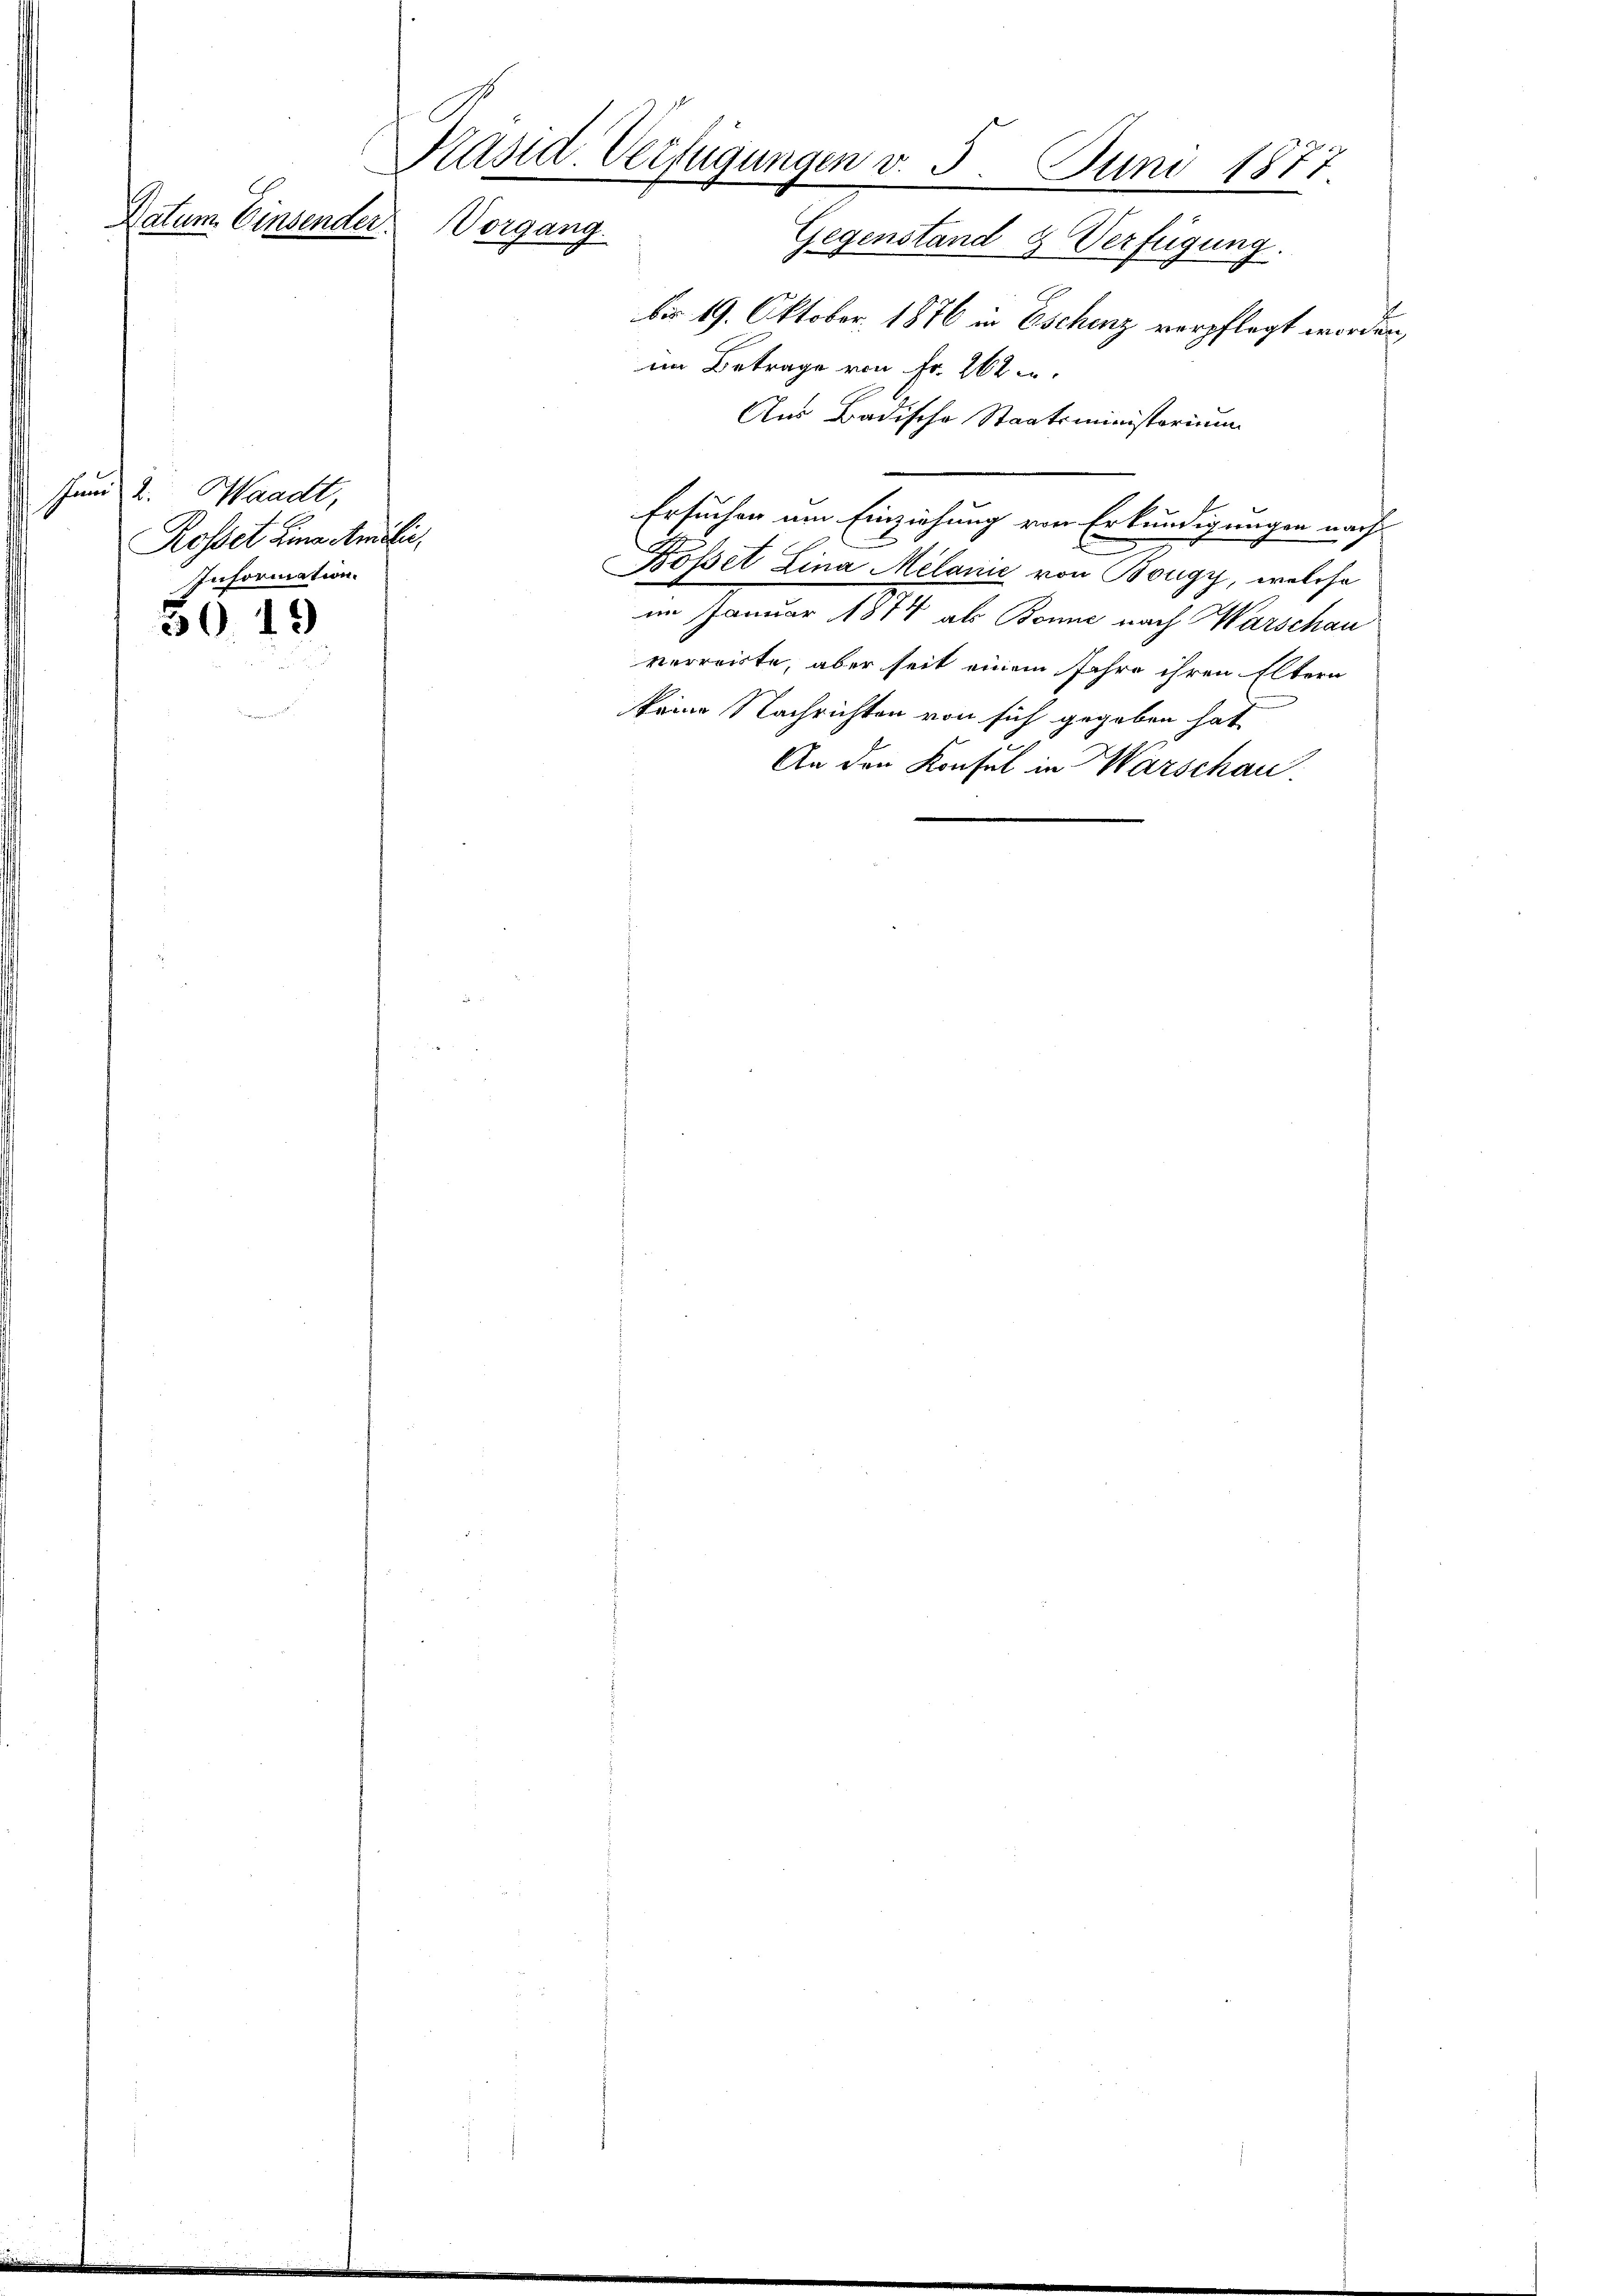
Datum. Einsender.

Jund 2. Waadt,
Rosset Lina Amali¬
Information.

30. 19

Päsid. Verfügungen v. 5. Juni 1877.
Vorgang.
Gegenstand & Verfügung.
bis 19. Oktober. 1876 in Eschinz verpflegt worden,

im Betrage von Fr. 262 u.
Aus Badische Staatsministerium
Ersuchen am Einziehung von Erkundigungen nach
Bopet Lina Melanie von Bougy, welche
im Januar 1874 als Bonne nach Warschau
verreiste, aber seit einem Jahre ihren Eltern
keine Nachrichten von sich gegeben hat
An den Konsul in Warschau